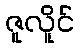
ဇူလိူင်